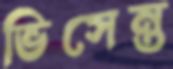
ভিসেন্ত